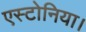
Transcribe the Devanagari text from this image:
एस्टोनिया।